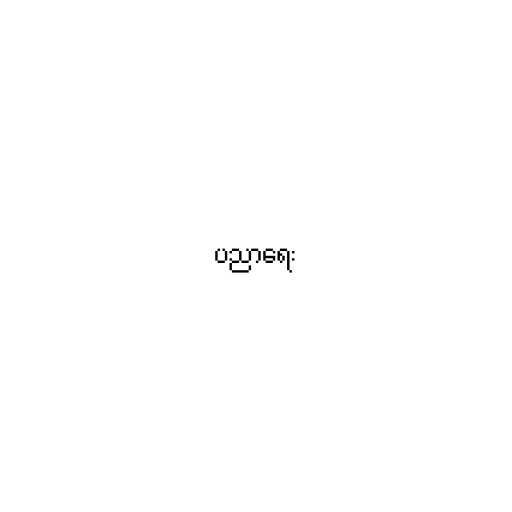
ပညာရေး